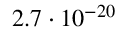
2 . 7 \cdot 1 0 ^ { - 2 0 }